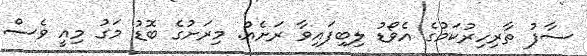
ސާފު ތާރިހިރުކަމުގެ އެވޯޑު ލިބިފައިވާ ރަށެއް. މިރަށުގެ ބޮޑު މަގު މިއީ ވެސް